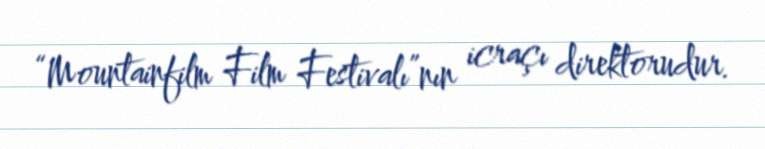
“Mountainfilm Film Festivalı”nın icraçı direktorudur.